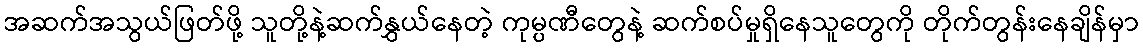
အဆက်အသွယ်ဖြတ်ဖို့ သူတို့နဲ့ဆက်နွှယ်နေတဲ့ ကုမ္ပဏီတွေနဲ့ ဆက်စပ်မှုရှိနေသူတွေကို တိုက်တွန်းနေချိန်မှာ